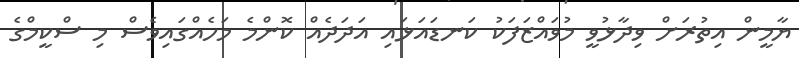
ޔާމީން އިތުރަށް ވިދާޅުވީ މުވައްޒަފަކު ކަނޑައަޅައި އަދަަދެއް ކޮންމެ މަހެއްގައިވެސް މި ސްކީމްގެ